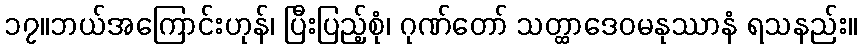
၁၇။ဘယ်အကြောင်းဟုန်၊ ပြီးပြည့်စုံ၊ ဂုဏ်တော် သတ္ထာဒေဝမနုဿာနံ ရသနည်း။